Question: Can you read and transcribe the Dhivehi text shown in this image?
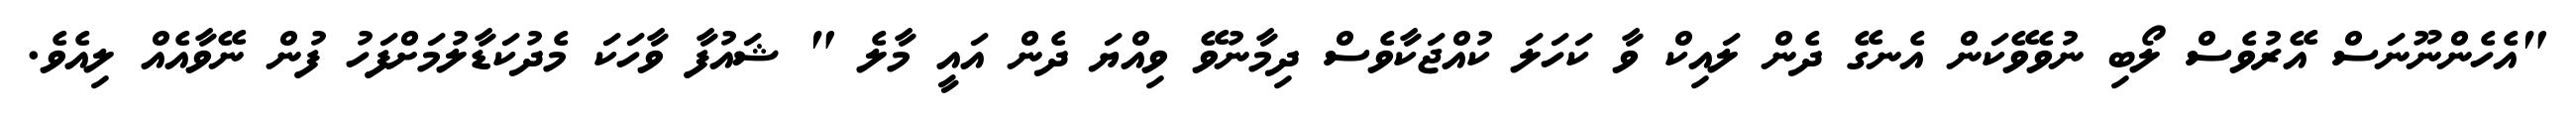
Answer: "އެހެންނޫނަސް އޭރުވެސް ލޯބި ނުވެވޭކަން އެނގޭ ދެން ލައިކް ވާ ކަހަލަ ކުއްޖަކާވެސް ދިމާނުވޭ ވިއްޔަ ދެން އައީ މާލެ " ޝައުފާ ވާހަކަ މެދުކަޑާލުމަށްފަހު ފުން ނޭވާއެއް ލިއެވެ.